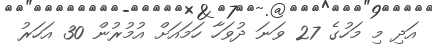
އަދި މި މަހުގެ 27 ވަނަ ދުވަހާ ހަމައަށް އުމުރުން 30 އަހަރު